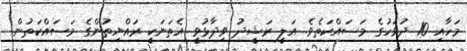
މަހާއި 10 ދުވަހުގެ މަސައްކަތެވެ. އަލީ ރަޝީދު ވިދާޅުވީ އެތަނަކީ ރައްޔިތުންގެ މަސައްކަތުން